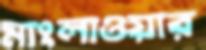
মাংলাওয়ার